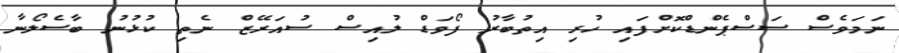
ނަމަވެސް ސަސްޕެންޑްކޮށްފައި ހުރި އިތުބާރު ފޯވަޑް ލުއިސް ސުއަރޭޒް ނެތި ކުޅުނު ބާސެލޯނާ